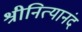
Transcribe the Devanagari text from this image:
श्रीनित्यानंद